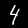
Digit: 4